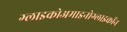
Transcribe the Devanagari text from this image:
ग्लाइकोअमाइनोग्लाइकॉन